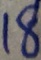
1 8